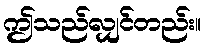
ဤသည်လျှင်တည်း။